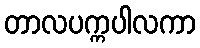
တာလပက္ကပါလကာ